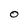
Character: o